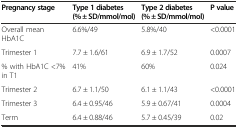
| Pregnancy stage | Type 1 diabetes (% ± SD/mmol/mol) | Type 2 diabetes (% ± SD/mmol/mol) | P value |
 | --- | --- | --- | --- |
 | Overall mean HbA1C | 6.6%/49 | 5.8%/40 | <0.0001 |
 | Trimester 1 | 7.7 ± 1.6/61 | 6.9 ± 1.7/52 | 0.0007 |
 | % with HbA1C <7% in T1 | 41% | 60% | 0.024 |
 | Trimester 2 | 6.7 ± 1.1/50 | 6.1 ± 1.1/43 | <0.0001 |
 | Trimester 3 | 6.4 ± 0.95/46 | 5.9 ± 0.67/41 | 0.0004 |
 | Term | 6.4 ± 0.88/46 | 5.7 ± 0.45/39 | 0.02 |